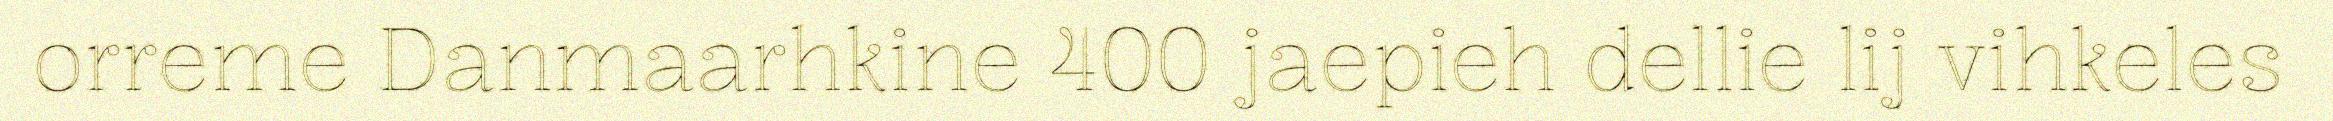
orreme Danmaarhkine 400 jaepieh dellie lij vihkeles